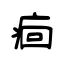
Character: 痐